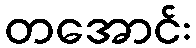
တအောင်း